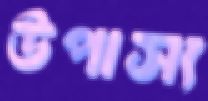
উপাস্য